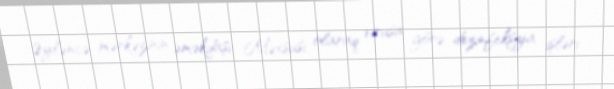
Əyləncə mərkəzinin əməkdaşı: Məxsusi olaraq virusa görə dezinfeksiya işləri